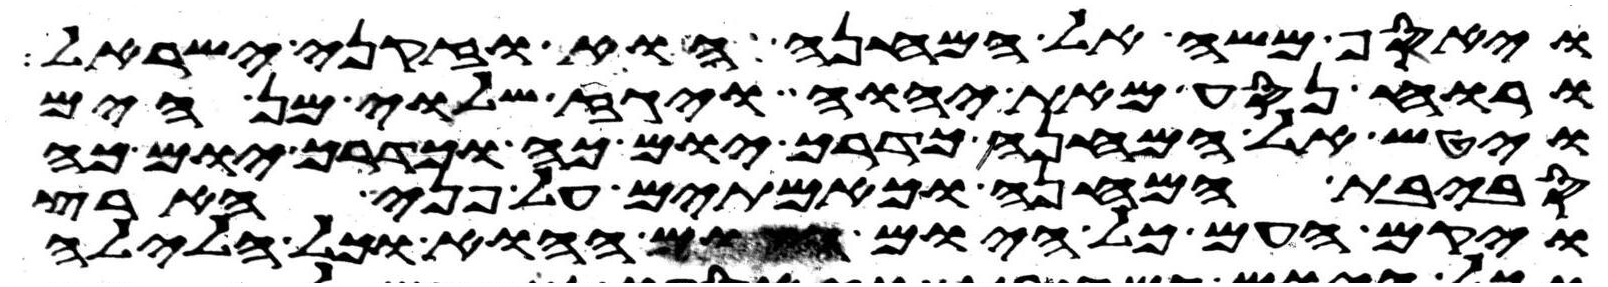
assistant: ויאסף משה אל המחנה הוא וזקני ישראל
ורוח נסע מאת יהוה ויגז שלוי מן הים
ויטש אל המחנה כדרך יום כה וכדרך יום כה
סביבת המחנה וכאמתים על פני הארץ
ויקם העם כל היום ההוא וכל הלילה